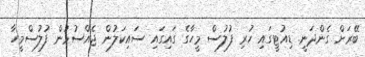
ބޭރަށް ގެންދަނީ. ޑިއުޓީގައި ހުރި ފުލުސް މީހާގެ ގައިގައި ސައިކަލުން ޖެއްސުމުން ފުލުސްމީހާ